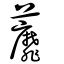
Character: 蘼